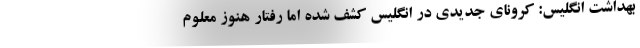
بهداشت انگلیس: کرونای جدیدی در انگلیس کشف شده اما رفتار هنوز معلوم